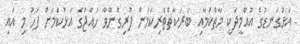
އަޅުގަނޑުގެ އުއްމީދަކީ މާތްކަމާއި ބަރަކާތްތެރިކަމުން ފުރިގެންވާ ހައްޖުގެ އަޅުކަމަށް ފަހު މި އައި